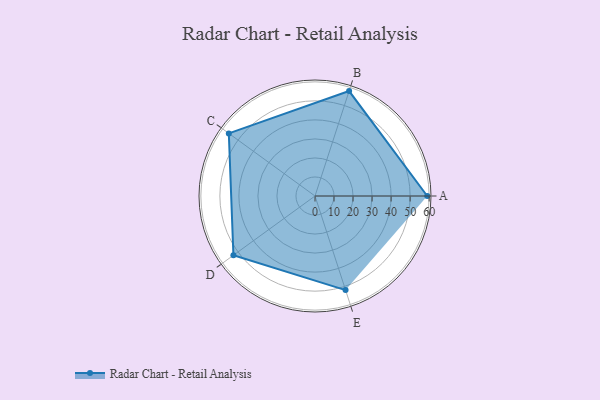
{"axis": {"x": "Skill", "y": "Score"}, "legend": ["Profile"], "data": [{"x": "A", "y": 59.0, "type": "Profile"}, {"x": "B", "y": 58.0, "type": "Profile"}, {"x": "C", "y": 56.0, "type": "Profile"}, {"x": "D", "y": 53.0, "type": "Profile"}, {"x": "E", "y": 52.0, "type": "Profile"}]}